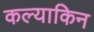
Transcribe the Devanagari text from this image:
कल्याकिन